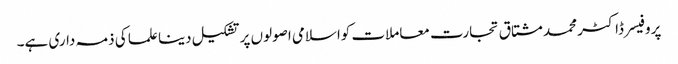
پروفیسر ڈاکٹر محمد مشتاق تجارت معاملات کواسلامی اصولوں پر تشکیل دینا علما کی ذمہ داری ہے۔